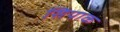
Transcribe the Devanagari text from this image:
सिपाक